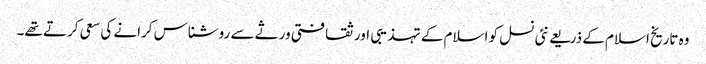
وہ تاریخ اسلام کے ذریعے نئی نسل کو اسلام کے تہذیبی اور ثقافتی ورثے سے روشناس کرانے کی سعی کرتے تھے۔